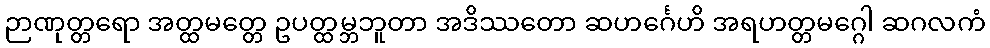
ဉာဏုတ္တရော အတ္ထမတ္တေ ဥပတ္ထမ္ဘဘူတာ အဒိဿတော ဆဟင်္ဂေဟိ အရဟတ္တမဂ္ဂေါ ဆဂလကံ